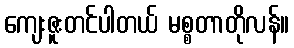
ကျေးဇူးတင်ပါတယ် မစ္စတာတိုလန်။